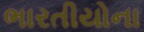
ભારતીયોના